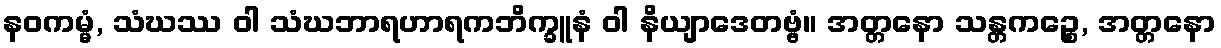
နဝကမ္မံ, သံဃဿ ဝါ သံဃဘာရဟာရကဘိက္ခူနံ ဝါ နိယျာဒေတဗ္ဗံ။ အတ္တနော သန္တကဉ္စေ, အတ္တနော